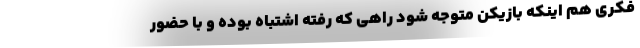
فکری هم اینکه بازیکن متوجه شود راهی که رفته اشتباه بوده و با حضور